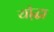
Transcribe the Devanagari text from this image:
यो्द्धा